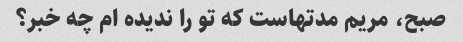
صبح، مریم مدتهاست که تو را ندیده ام چه خبر؟